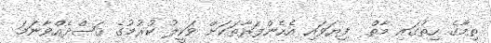
ތިމާގެ ހިތުގައި މާތް  ފިޔަވައި އެހެންފަރާތަކަށް ވަކީލު ކުރުމުގެ ޤަޞްދެއްވާނަމަ